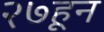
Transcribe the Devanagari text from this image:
२७हून